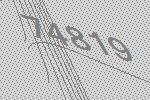
74819